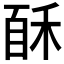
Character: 𰨩